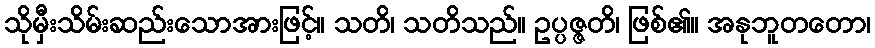
သိုမှီးသိမ်းဆည်းသောအားဖြင့်။ သတိ၊ သတိသည်။ ဥပ္ပဇ္ဇတိ၊ ဖြစ်၏။ အနုဘူတတော၊